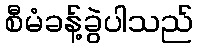
စီမံခန့်ခွဲပါသည်